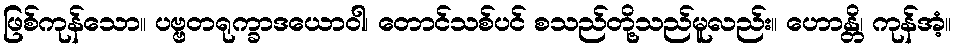
ဖြစ်ကုန်သော။ ပဗ္ဗတရုက္ခာဒယောဝါ၊ တောင်သစ်ပင် စသည်တို့သည်မူလည်း။ ဟောန္တိ၊ ကုန်အံ့။